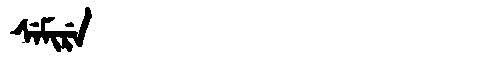
Manchu: ᠰᡝᠮᡳᡵᡝ
Romanization: SEMIRE